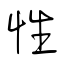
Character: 性